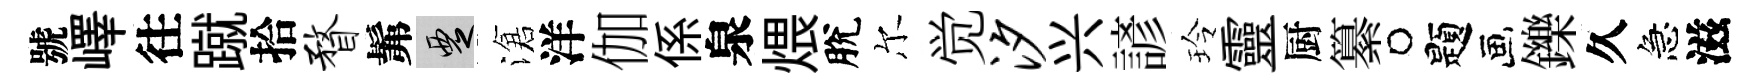
號嶧往蹴拾瞀髴覂滄洋伽係泉煨脫尔觉汐兴諺玲靈厨纂题鑠久急滋